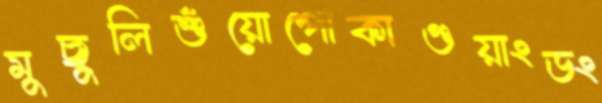
মুছুলিশুঁয়োপোকাগুয়াংডং